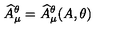
{ \widehat A } _ { \mu } ^ { \theta } = { \widehat A } _ { \mu } ^ { \theta } ( A , \theta )